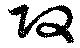
攻